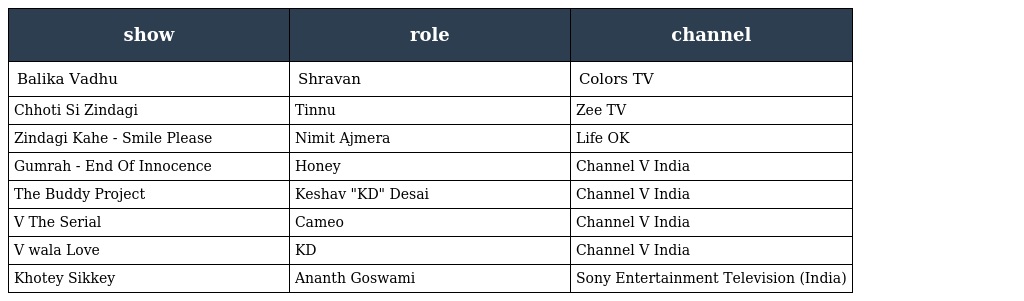
| show | role | channel |
 | --- | --- | --- |
 | Balika Vadhu | Shravan | Colors TV |
 | Chhoti Si Zindagi | Tinnu | Zee TV |
 | Zindagi Kahe - Smile Please | Nimit Ajmera | Life OK |
 | Gumrah - End Of Innocence | Honey | Channel V India |
 | The Buddy Project | Keshav "KD" Desai | Channel V India |
 | V The Serial | Cameo | Channel V India |
 | V wala Love | KD | Channel V India |
 | Khotey Sikkey | Ananth Goswami | Sony Entertainment Television (India) |